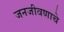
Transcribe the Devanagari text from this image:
जनजीवणाचे